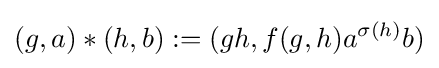
(g,a)*(h,b):=(gh,f(g,h)a^{\sigma (h)}b)